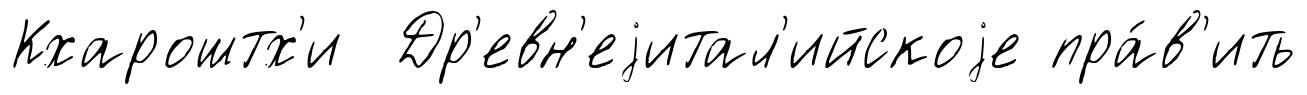
Кхароштх'и Др'евн'еjитал'ийскоjе пра́в'ить